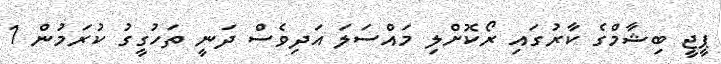
ޕީޖީ ބިޝާމްގެ ކާރުގައި ރޯކޮށްލި މައްސަލަ އަދިވެސް ދަނީ ތަހުގީގު ކުރަމުން 1